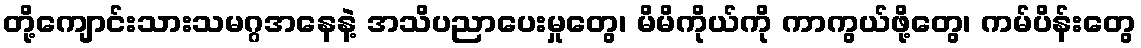
တို့ကျောင်းသားသမဂ္ဂအနေနဲ့ အသိပညာပေးမှုတွေ၊ မိမိကိုယ်ကို ကာကွယ်ဖို့တွေ၊ ကမ်ပိန်းတွေ